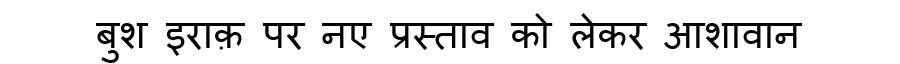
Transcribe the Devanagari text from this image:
बुश इराक़ पर नए प्रस्ताव को लेकर आशावान